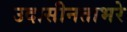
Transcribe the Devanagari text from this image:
उदासीनताभरे